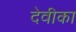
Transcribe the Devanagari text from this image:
देवीका